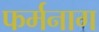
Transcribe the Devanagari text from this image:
फर्मनाग